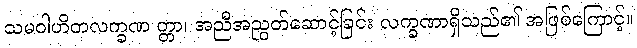
သမဝါဟိတလက္ခဏ တ္တာ၊ အညီအညွတ်ဆောင့်ခြင်း လက္ခဏာရှိသည်၏ အဖြစ်ကြောင့်။